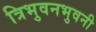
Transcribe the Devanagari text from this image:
त्रिभुवनभुवनी